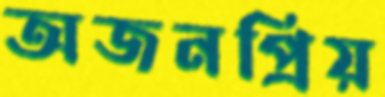
অজনপ্রিয়